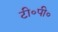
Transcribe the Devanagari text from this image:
टी०पी०